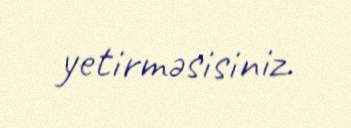
yetirməsisiniz.